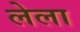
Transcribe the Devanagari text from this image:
लेला